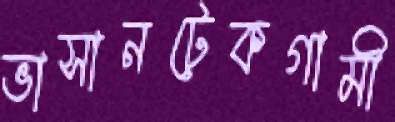
ভাসানটেকগামী